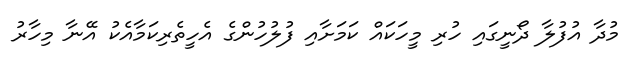
މުދާ އުފުލާ ދޯނީގައި ހުރި މީހަކައް ކަމަށާއި ފުލުހުންގެ އެހީތެރިކަމާއެކު އޭނާ މިހާރު